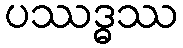
ပဿဒ္ဓဿ